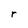
Character: r